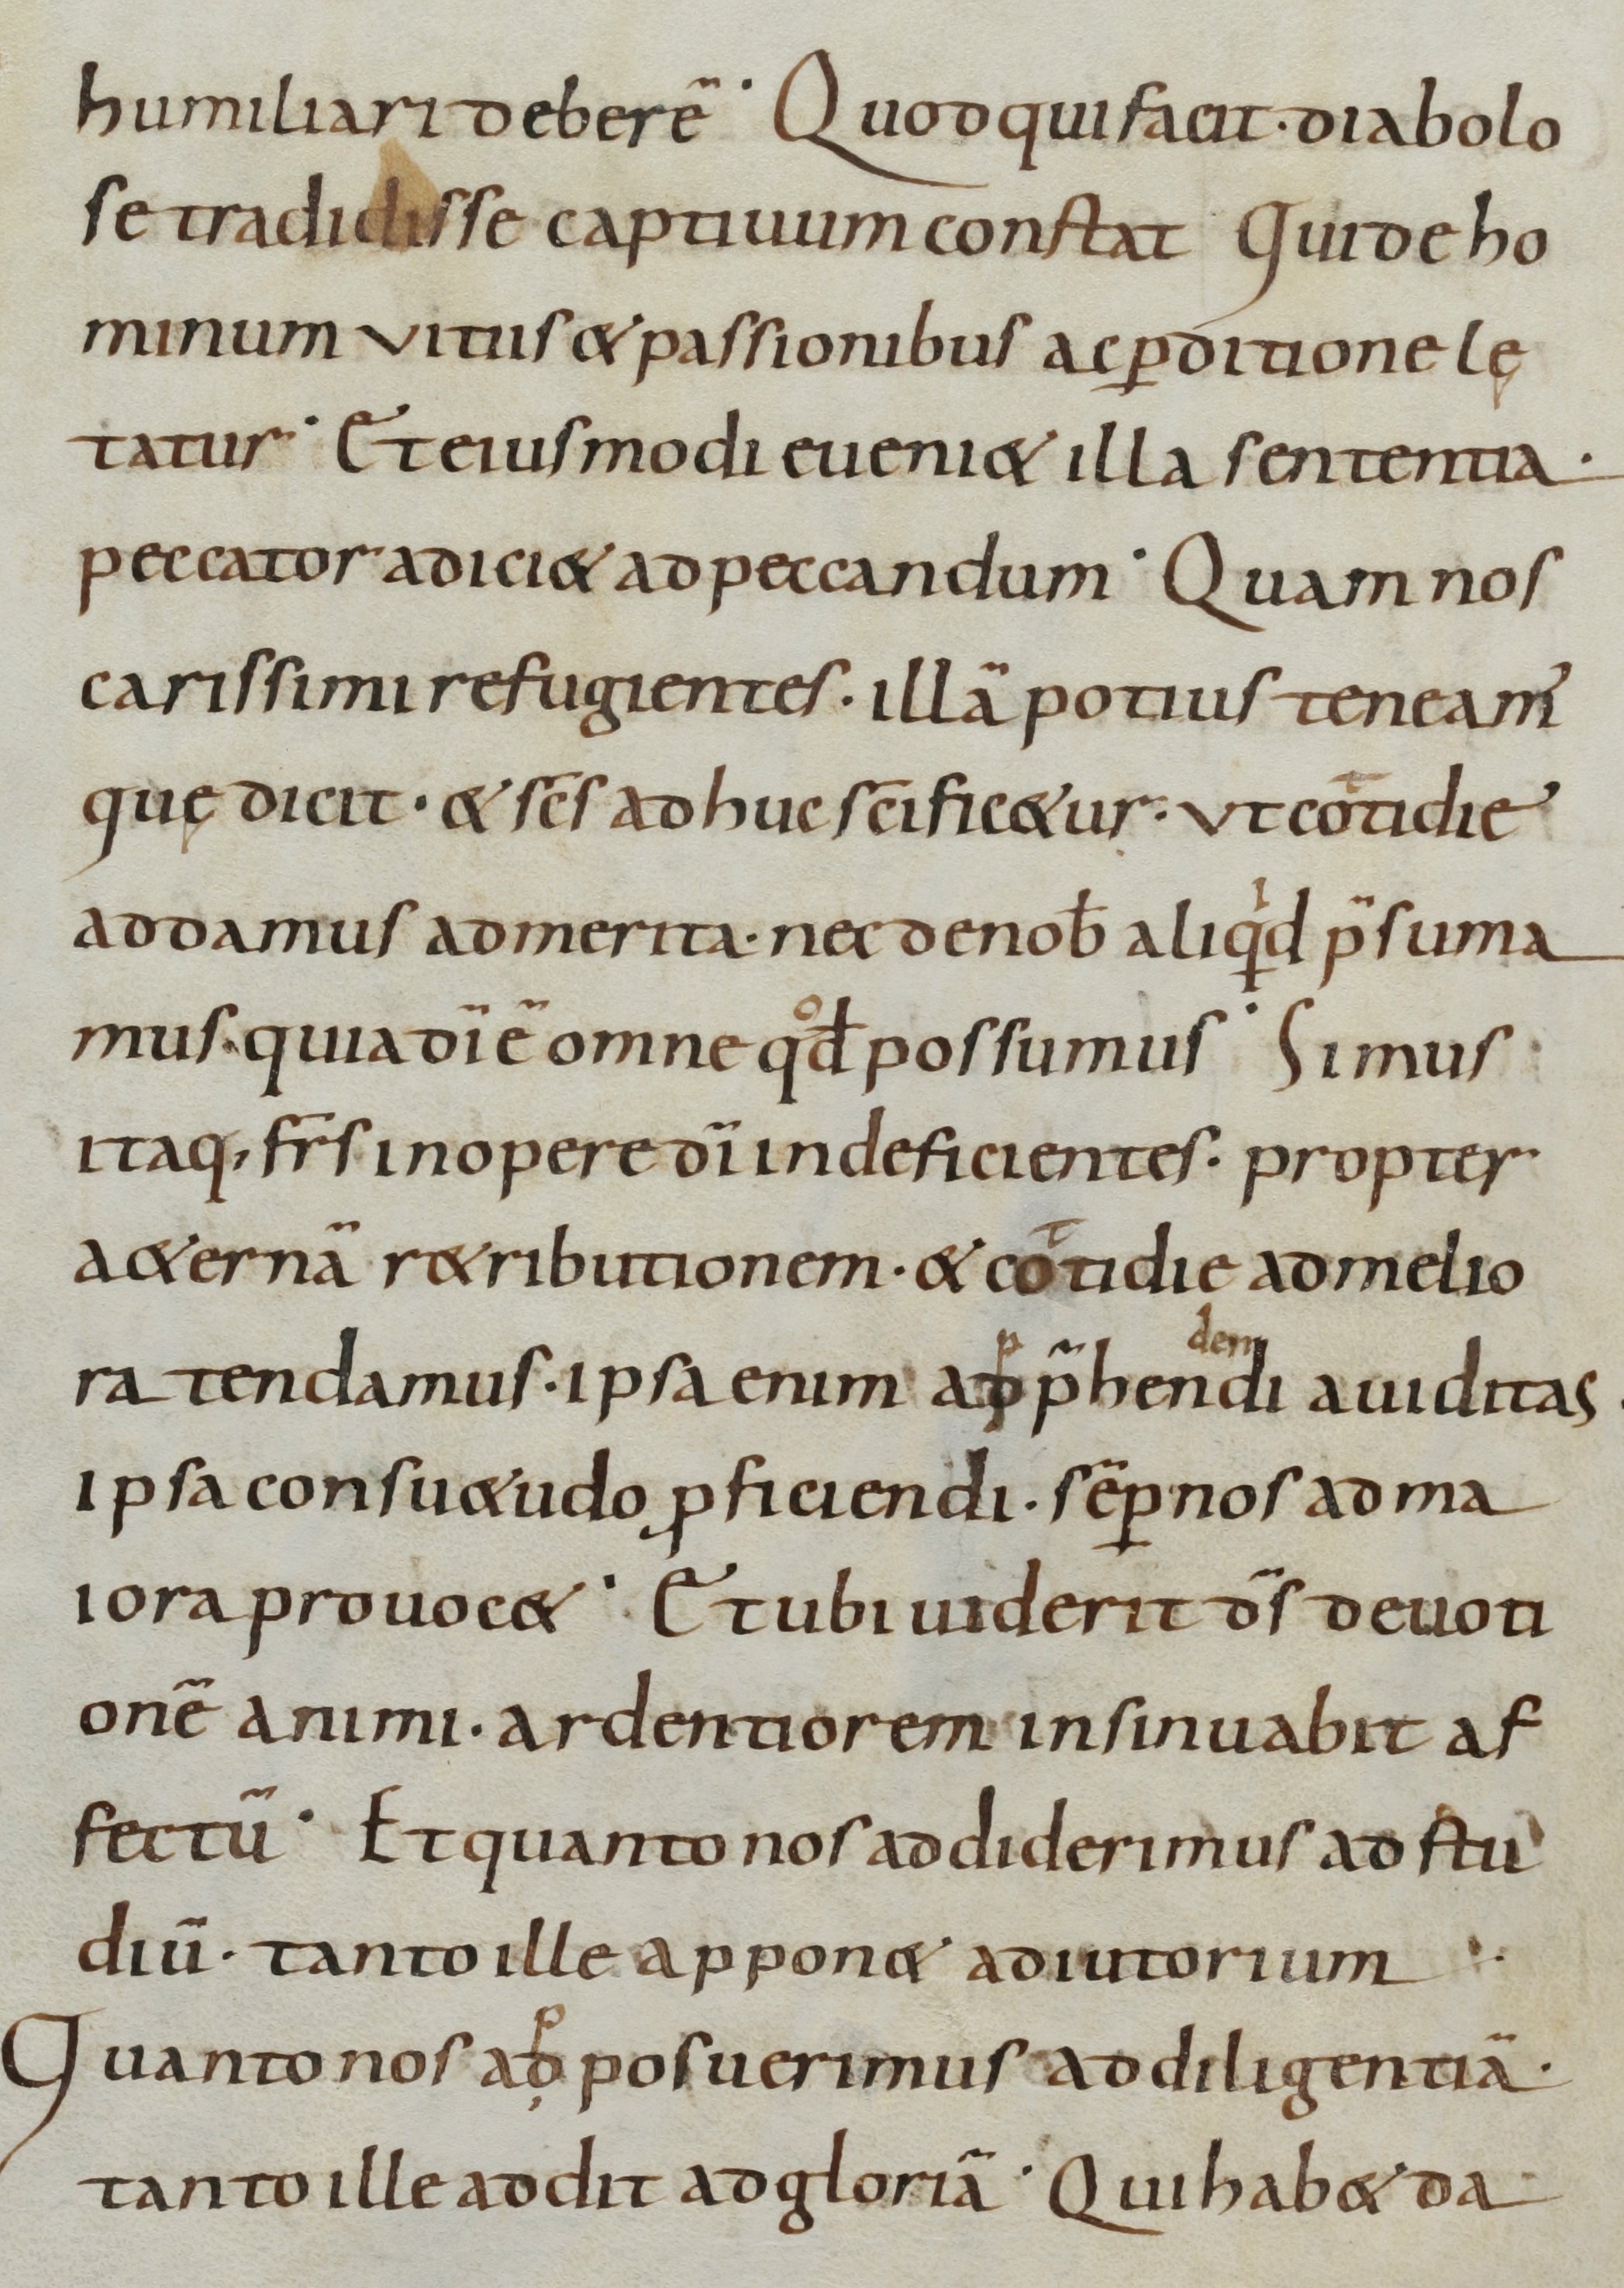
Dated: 800–899